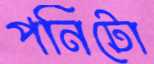
পনিটো